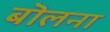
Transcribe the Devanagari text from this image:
बॊलना